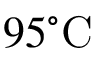
9 5 \mathrm { ^ \circ C }